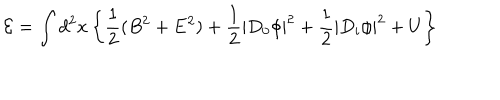
{ \cal E } = \int d ^ { 2 } x \left\{ \frac 1 2 ( B ^ { 2 } + { \bf E } ^ { 2 } ) + \frac 1 2 \left| D _ { 0 } \phi \right| ^ { 2 } + \frac 1 2 \left| D _ { i } \phi \right| ^ { 2 } + U \right\}